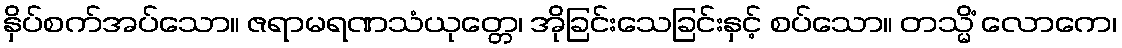
နှိပ်စက်အပ်သော။ ဇရာမရဏသံယုတ္တေ၊ အိုခြင်းသေခြင်းနှင့် စပ်သော။ တသ္မိံ လောကေ၊